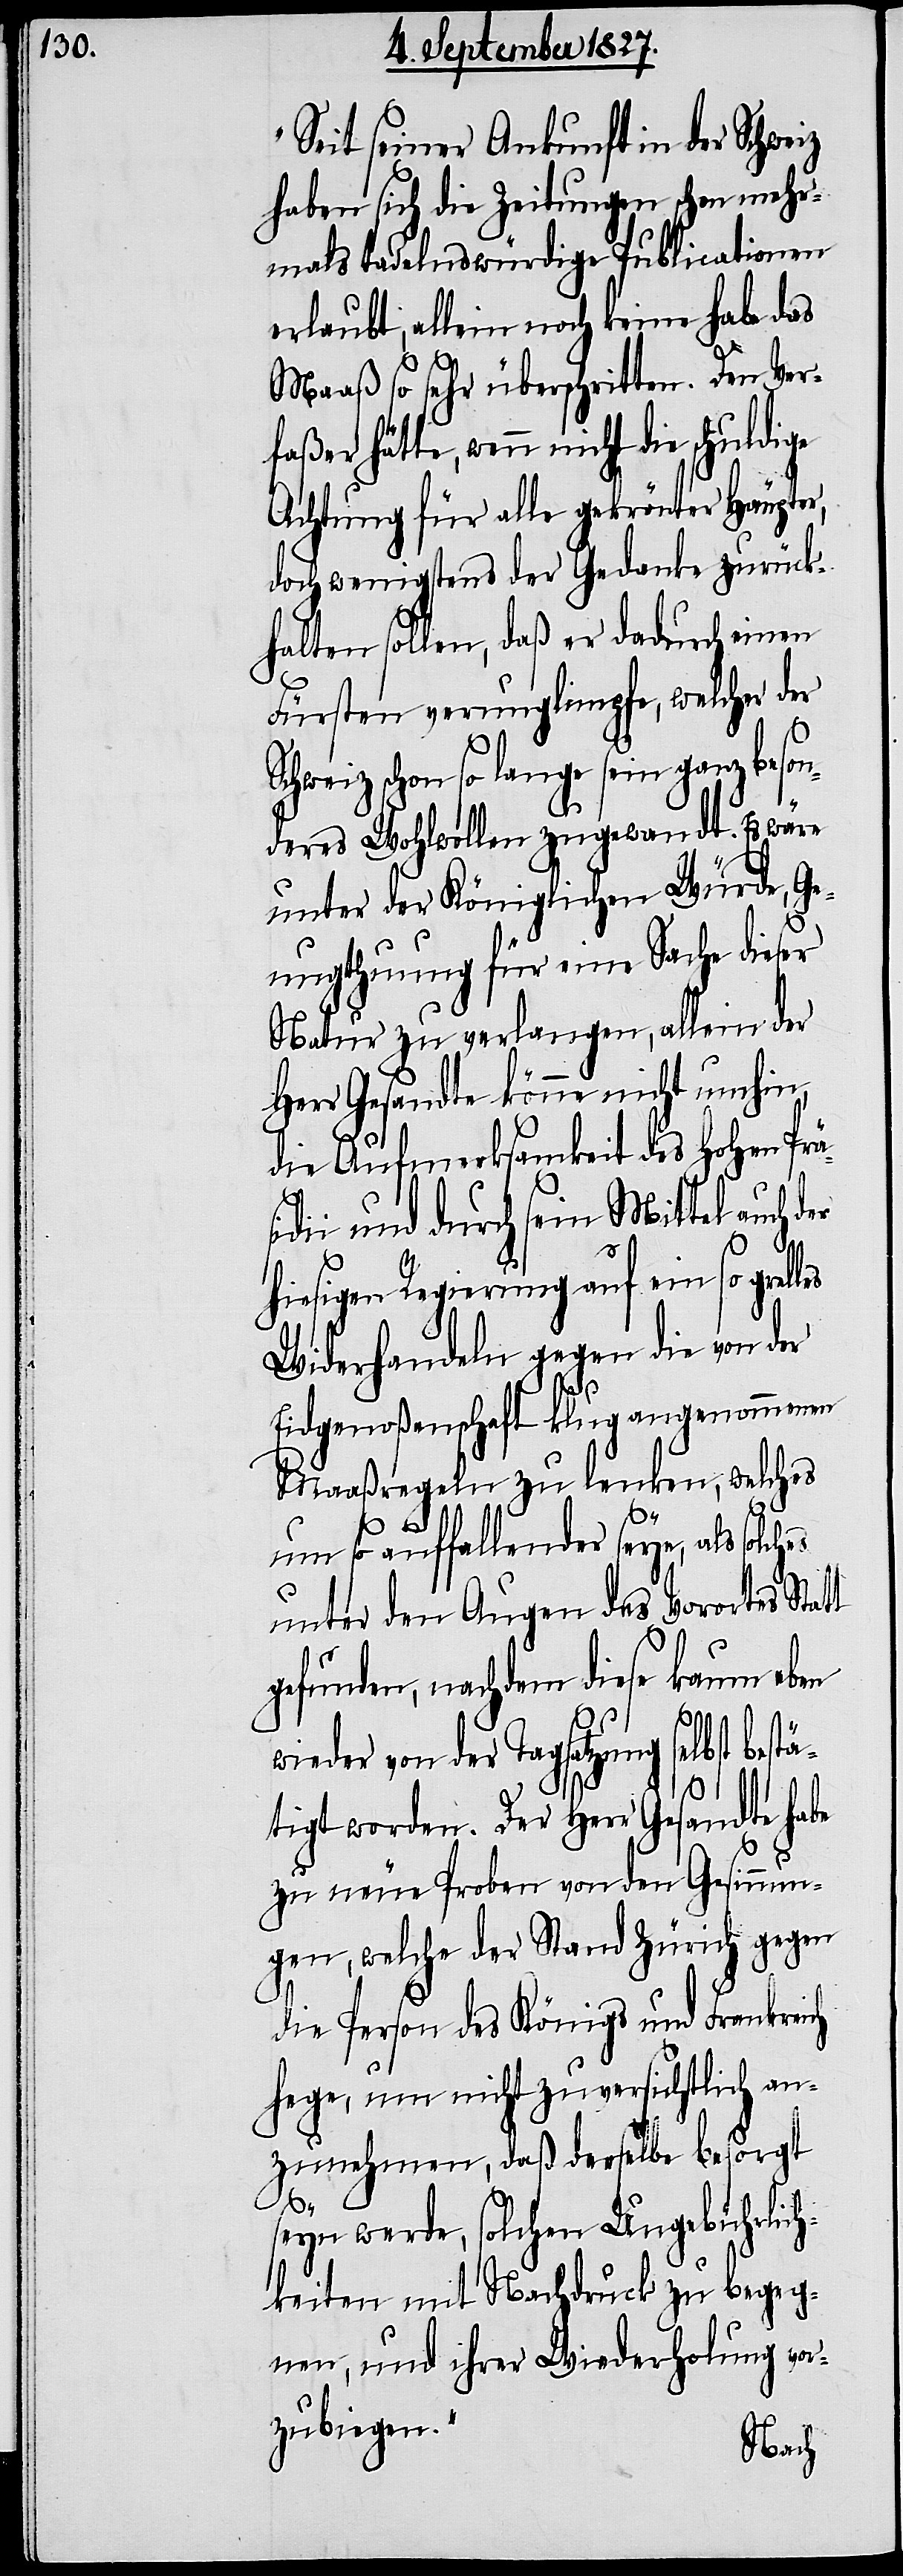
„Seit seiner Ankunft in der Schweiz
haben sich die Zeitungen schon mehr¬
mals tadelnswürdige Publicationen
erlaubt, allein noch keine habe das
Maaß so sehr überschritten. Den Ver¬
faßer hätte, wenn nicht die
Achtung für alle gekrönter Häupter,
doch wenigstens der Gedanke zurück¬
halten sollen, daß er dadurch einen
Fürsten verunglimpfte, welcher der
chweiz schon so lange sein ganz beson¬
deres Wohlwollen zugewandt. Es wäre
unter der Königlichen Würde, Ge¬
nugthuung für eine Sache dieser
Natur zu verlangen, allein der
Herr Gesandte könne nicht umhin,
die Aufmerksamkeit des Hohen Prä¬
sidii und durch sein Mittel auch d¬
hiesigen Regierung auf ein so grel¬
Widerhandeln gegen die von der
es
Eidgenoßenschaft klug angenommenen
Maaßregeln zu lenken, welches
S¬
um so auffallender seye, als solch¬
unter den Augen des Vorortes Stat¬
gefunden, nachdem diese kaum eben
t
wieder von der Tagsatzung selbst bestä¬
tigt worden. Der Herr Gesandte habe
zu neue Proben von den Gesinnun¬
gen, welche der Stand Zürich gegen
die Person des Königs und Frankreich
hege, um nicht zuversichtlich an¬
zunehmen, daß derselbe besorgt
er
seyn werde, solchen Ungebührlich¬
keiten mit Nachdruck zu begeg¬
nen, und ihrer Wiederholung vor¬
zubiegen.“